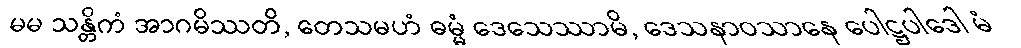
မမ သန္တိကံ အာဂမိဿတိ, တေသမဟံ ဓမ္မံ ဒေသေဿာမိ, ဒေသနာဝသာနေ ပေါဋ္ဌပါဒေါ မံ